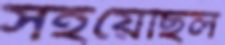
সইয়েছিল